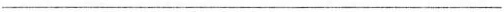
___